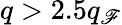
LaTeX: q>2.5q_{\mathscr{F}}